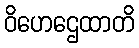
ဝိဟေဌေထာတိ